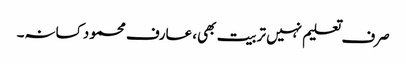
صرف تعلیم نہیں تربیت بھی، عارف محمود کسانہ۔